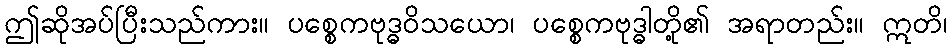
ဤဆိုအပ်ပြီးသည်ကား။ ပစ္စေကဗုဒ္ဓဝိသယော၊ ပစ္စေကဗုဒ္ဓါတို့၏ အရာတည်း။ ဣတိ၊